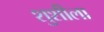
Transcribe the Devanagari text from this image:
शुशीला